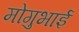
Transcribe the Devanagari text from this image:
मोगुभाई